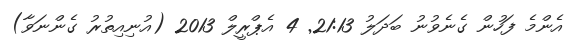
އެންމެ ފަހުން ގެނެވުނު ބަދަލު 21:13